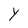
Character: Y